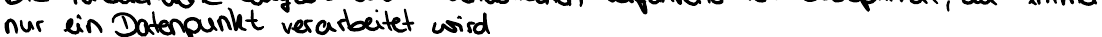
nur ein Datenpunkt verarbeitet wird